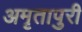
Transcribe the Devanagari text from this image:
अमृतापुरी